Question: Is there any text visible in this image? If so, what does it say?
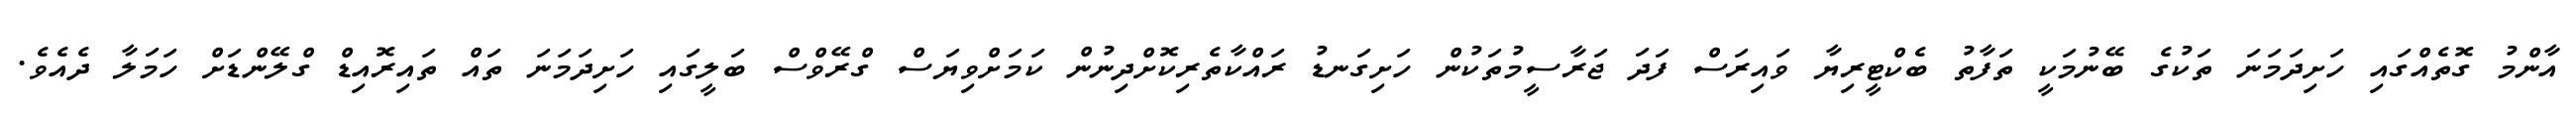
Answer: އާންމު ގޮތެއްގައި ހަށިދަމަނަ ތަކުގެ ބޭނުމަކީ ތަފާތު ބެކްޓީރިޔާ ވައިރަސް ފަދަ ޖަރާސީމުތަކުން ހަށިގަނޑު ރައްކާތެރިކޮށްދިނުން ކަމަށްވިޔަސް ގްރޭވްސް ބަލީގައި ހަށިދަމަނަ ތައް ތައިރޮއިޑް ގްލޭންޑަށް ހަމަލާ ދެއެވެ.